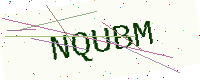
Text: NQUBM